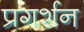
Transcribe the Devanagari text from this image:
प्रगर्शन